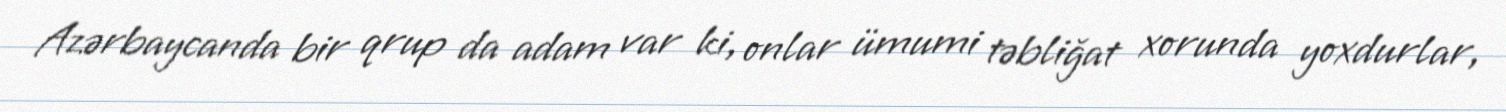
Azərbaycanda bir qrup da adam var ki, onlar ümumi təbliğat xorunda yoxdurlar,